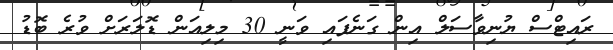
ރައިޓްސް ޔުނިވާސަލް އިން ގަނެފައި ވަނީ 30 މިލިއަން ޑޮލަރަށް ވުރެ ބޮޑު